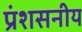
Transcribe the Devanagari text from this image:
प्रंशसनीय